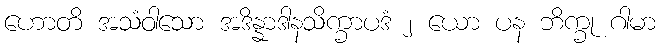
ဟောတိ အသံဝါသော အဒိန္နာဒါနသိက္ခာပဒံ ၂ ယော ပန ဘိက္ခု ဂါမာ